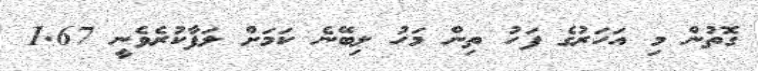
ގޮތުން މި އަހަރުގެ ފަހު ތިން މަހު ލިބޭނެ ކަމަށް ލަފާކުރެވެނީ 1.67